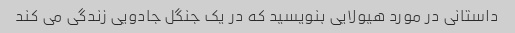
داستانی در مورد هیولایی بنویسید که در یک جنگل جادویی زندگی می کند